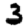
Digit: 3